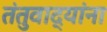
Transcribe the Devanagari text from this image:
तंतुवाद्यांना